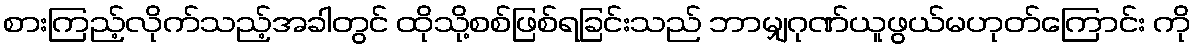
စားကြည့်လိုက်သည့်အခါတွင် ထိုသို့စစ်ဖြစ်ရခြင်းသည် ဘာမျှဂုဏ်ယူဖွယ်မဟုတ်ကြောင်း ကို